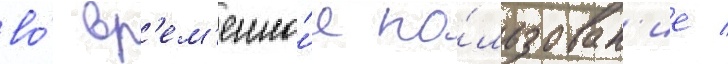
во́ вр'ем'енно́е по́льзован'ие /